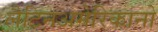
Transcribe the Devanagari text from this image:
लैटिनअमेरिकानो